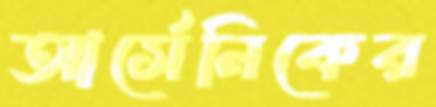
আর্সেনিকের